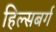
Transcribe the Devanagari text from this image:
हिल्सबर्ग